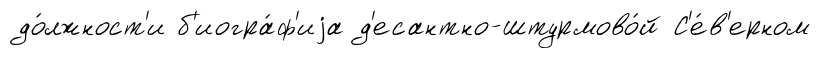
до́лжност'и б'иогра́ф'иjа д'есантно-штурмово́й С'е́в'ерном